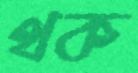
থক